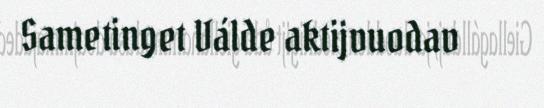
Sametinget Válde aktijvuodav